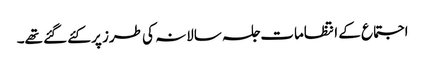
اجتماع کے انتظامات جلسہ سالانہ کی طرز پر کئے گئے تھے۔